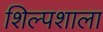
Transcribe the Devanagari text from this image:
शिल्पशाला